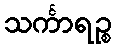
သင်္ကာရဉ္စ